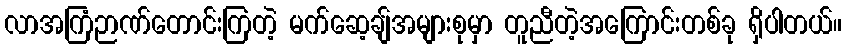
လာအကြံဉာဏ်တောင်းကြတဲ့ မက်ဆေ့ချ်အများစုမှာ တူညီတဲ့အကြောင်းတစ်ခု ရှိပါတယ်။